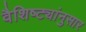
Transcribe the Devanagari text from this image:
वैशिष्ट्यांनुसार